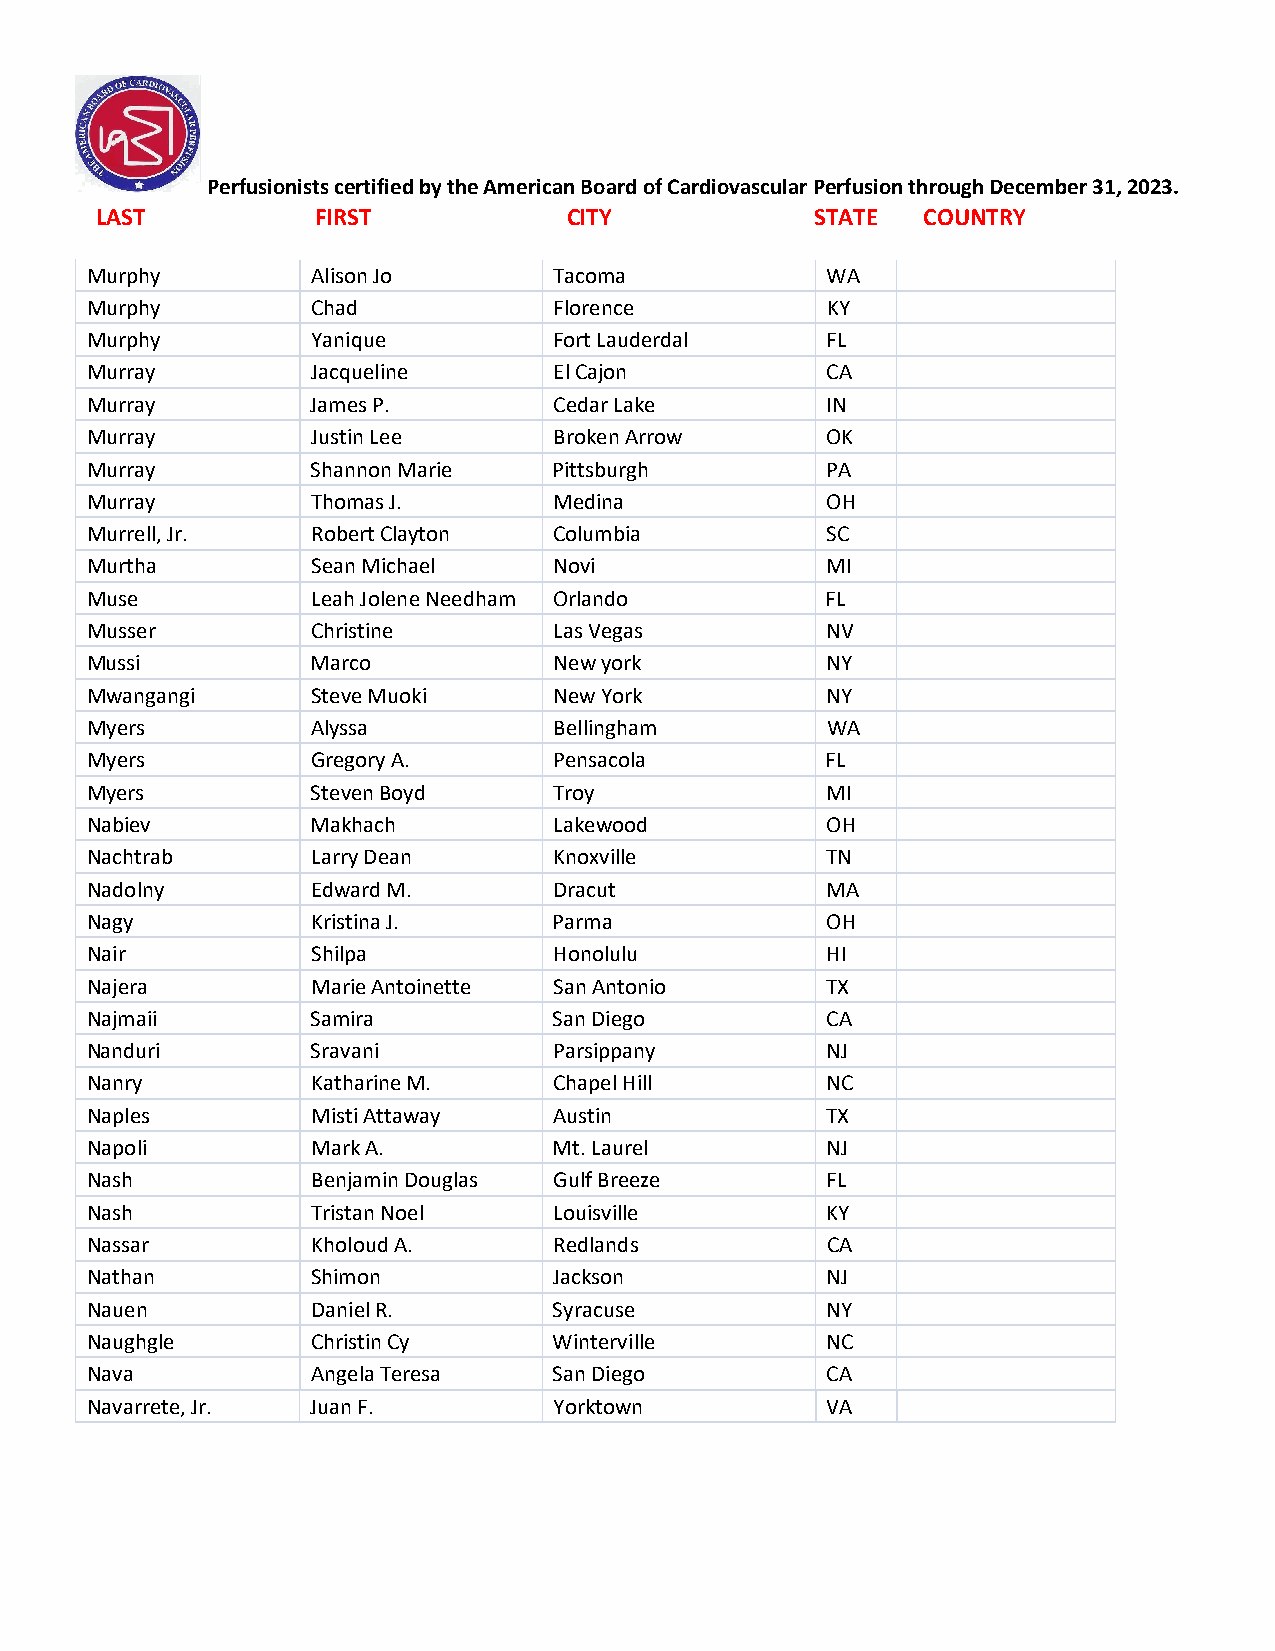
Perfusionists certified by the American Board of Cardiovascular Perfusion through December 31, 2023.
 LAST           FIRST            CITY            STATE  COUNTRY
 Murphy         Alison Jo       Tacoma            WA
 Murphy         Chad            Florence          KY
 Murphy         Yanique         Fort Lauderdal    FL
 Murray         Jacqueline      El Cajon          CA
 Murray         James P.        Cedar Lake        IN
 Murray         Justin Lee      Broken Arrow      OK
 Murray         Shannon Marie   Pittsburgh        PA
 Murray         Thomas J.       Medina            OH
 Murrell, Jr.   Robert Clayton  Columbia          SC
 Murtha         Sean Michael    Novi              MI
 Muse           Leah Jolene Needham Orlando       FL
 Musser         Christine       Las Vegas         NV
 Mussi          Marco           New york          NY
 Mwangangi      Steve Muoki     New York          NY
 Myers          Alyssa          Bellingham        WA
 Myers          Gregory A.      Pensacola         FL
 Myers          Steven Boyd     Troy              MI
 Nabiev         Makhach         Lakewood          OH
 Nachtrab       Larry Dean      Knoxville         TN
 Nadolny        Edward M.       Dracut            MA
 Nagy           Kristina J.     Parma             OH
 Nair           Shilpa          Honolulu          HI
 Najera         Marie Antoinette San Antonio      TX
 Najmaii        Samira          San Diego         CA
 Nanduri        Sravani         Parsippany        NJ
 Nanry          Katharine M.    Chapel Hill       NC
 Naples         Misti Attaway   Austin            TX
 Napoli         Mark A.         Mt. Laurel        NJ
 Nash           Benjamin Douglas Gulf Breeze      FL
 Nash           Tristan Noel    Louisville        KY
 Nassar         Kholoud A.      Redlands          CA
 Nathan         Shimon          Jackson           NJ
 Nauen          Daniel R.       Syracuse          NY
 Naughgle       Christin Cy     Winterville       NC
 Nava           Angela Teresa   San Diego         CA
 Navarrete, Jr. Juan F.         Yorktown          VA